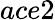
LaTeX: ace2